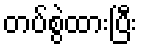
တပ်စွဲထားပြီး